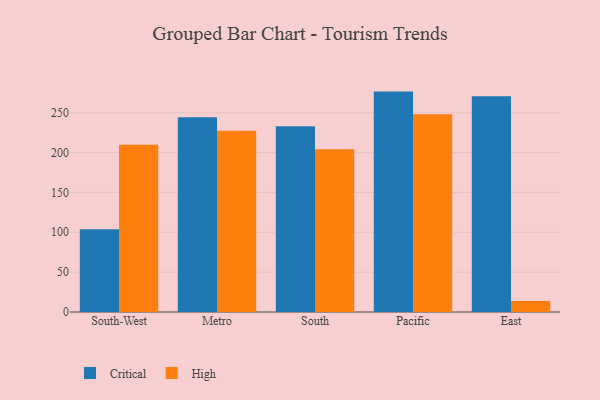
{"axis": {"x": "Region", "y": "Backlog"}, "legend": ["Critical", "High"], "data": [{"x": "South-West", "y": 103.9, "type": "Critical"}, {"x": "South-West", "y": 209.8, "type": "High"}, {"x": "Metro", "y": 244.3, "type": "Critical"}, {"x": "Metro", "y": 227.3, "type": "High"}, {"x": "South", "y": 233.0, "type": "Critical"}, {"x": "South", "y": 204.2, "type": "High"}, {"x": "Pacific", "y": 276.5, "type": "Critical"}, {"x": "Pacific", "y": 248.0, "type": "High"}, {"x": "East", "y": 270.7, "type": "Critical"}, {"x": "East", "y": 13.9, "type": "High"}]}